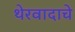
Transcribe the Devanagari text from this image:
थेरवादाचे